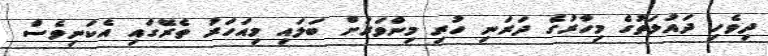
ދިވެހި ދައުލަތުގެ މިހާރުގެ ދަރަނި ހުރި މިންވަރަށް ބަލައި މިއަހަރު ތެރޭގައި އެކަނިވެސް